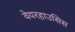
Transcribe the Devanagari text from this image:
वेयरहाउसिस